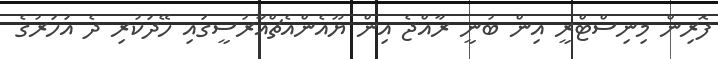
ފޮރިން މިނިސްޓްރީ އިން ބުނީ ރާއްޖެ އިން ޔޫއެންއެޗްއާރުސީގައި ހޭދަކުރި ދެ އަހަރުގެ